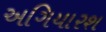
અગિયારશ